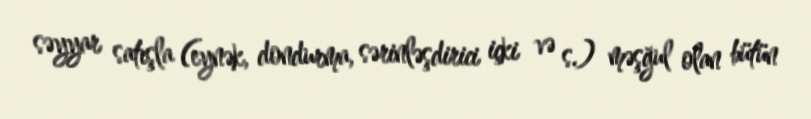
səyyar satışla (eynək, dondurma, sərinləşdirici içki və s.) məşğul olan bütün